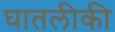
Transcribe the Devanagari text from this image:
घातलीकी